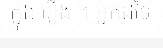
ក្នុង រឿង ។ អ្នកដទៃ